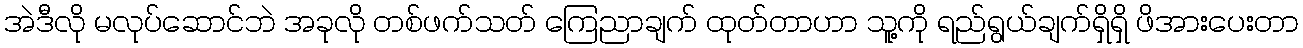
အဲဒီလို မလုပ်ဆောင်ဘဲ အခုလို တစ်ဖက်သတ် ကြေညာချက် ထုတ်တာဟာ သူ့ကို ရည်ရွယ်ချက်ရှိရှိ ဖိအားပေးတာ